Lunatic asylums Bombay report 1891-1903 - 1891-1903
Year: 1891
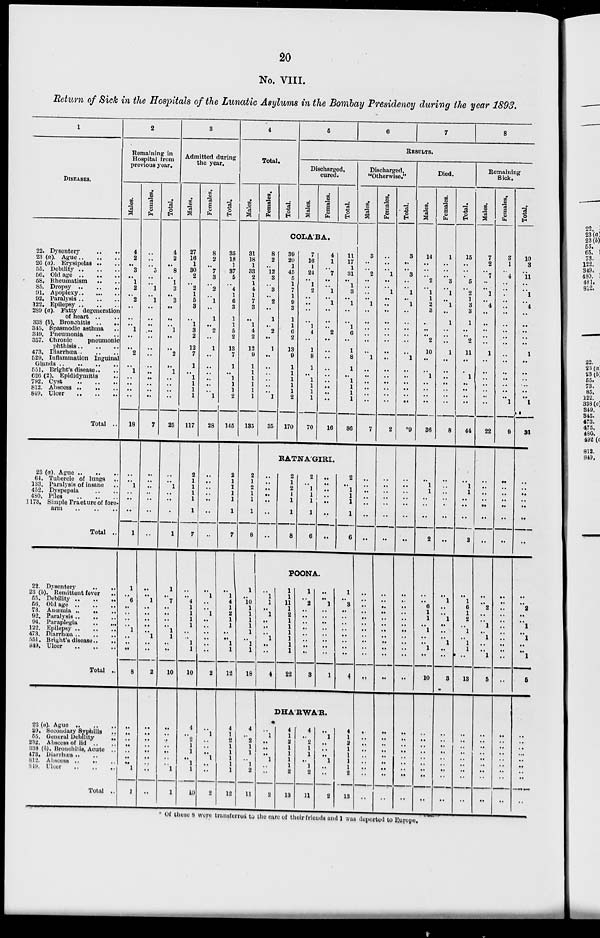
20
No. VIII.
Return of Sick in the Hospitals of the Lunatic Asylums in the Bombay Presidency during the year 1893.
1
DISEASES.
22. Dysentery
..
..
23 (a) Ague .. .. ..
26 (a). Erysipelas .. ..
55. Debility
..
..
..
56. Old age .. .. ..
58. Rheumatism .. ..
85. Dropsy
..
..
..
91. Apoplexy
..
..
..
92. Paralysis .. .. ..
122. Epilepsy .. .. ..
289 (a). Fatty degeneration
of heart .. ..
338. (b) Bronchitis .. ..
345. Spasmodic asthma ..
349. Pneumonia .. ..
357. Chronic
pneumonic
phthisis
..
..
..
473. Diarrhœa
..
..
..
529. Inflammation Inguinal
Glands .. .. .. .. ..
551. Bright's disease .. ..
626 (2). Epididymitis ..
792. Cyst .. .. ..
812. Abscess
..
..
..
849. Ulcer .. .. ..
Total ..
23 (a). Ague .. .. ..
64. Tubercle of lungs
..
133. Paralysis of insane ..
452. Dyspepsia .. .. ..
480. Piles .. .. ..
1173. Simple Fracture of fore-
arm .. .. ..
Total ..
22. Dysentery
..
..
23 (b). Remittent fever
55. Debility .. .. ..
56. old age .. .. ..
73. Anœmia ..
..
..
92. Paralysis .. .. ..
94. Paraplegia
..
..
..
122. Epilepsy .. .. ..
473.Diarrhœa .. .. ..
551. Bright disease .. .. ..
849. Ulser .. .. ..
Total ..
23(a) Ague .. .. ..
29. Secondary Syphilis ..
55. General Debility
..
232. Abscess of lid .. ..
338 (b). Bronchitis, Acute ..
473. Diarrhœa .. ..
812. Abscess
..
..
..
819. Ulcer .. .. ..
Total ..
2
Remaining in
Hospital from
previous year.
Males.
4
2
..
3
..
1
2
..
2
..
..
..
1
..
..
2
..
1
..
..
..
..
18
. .
. .
1
. .
. .
. .
1
1
..
6
. .
. .
. .
. . 1
. .
. .
. .
8
..
..
..
..
..
..
..
1
1
Females.
..
..
..
5
..
..
1
..
1
..
..
..
...
..
..
..
..
..
..
..
..
..
7
. .
. .
. .
. .
. .
. .
..
. .
. .
1
. .
. .
. .
. . . .
1
. .
. .
2
..
..
..
..
..
..
..
..
..
Total.
4
2
..
8
..
1
3
..
3
..
..
..
1
..
..
2
..
1
..
..
..
..
25
. .
. .
1
. .
. .
. .
1
1
. .
7
. .
. .
. .
. .
1
1
. .
. .
10
..
..
..
..
..
..
..
1
1
3
Admitted during
the year.
Males.
27
16
1
30
2
..
2
1
5
3
..
1
3
2
12
7
1
..
1
1
1
1
117
2
1
1
1
1
1
7
. .
. .
4
1
1
1
1
..
. .
1
1
10
4
..
2
1
1
..
1
1
10
Females.
8
2
..
7
3
..
2
..
1
..
1
. .
2
..
1
..
..
..
..
..
..
1
28
. .
. .
. .
. .
. .
. .
..
. .
1
. .
. .
1
. .
. .
. .
. .
. .
. .
2
..
1
. .
..
. .
1
..
..
2
Total.
35
18
1
37
5
..
4
1
6
3
1
1
5
2
13
7
1
..
1
1
1
2
145
2
1
1
1
1
1
7
. .
1
4
1
2
1
1
. .
..
1
1
12
4
1
2
1
1
1
1
1
12
4
Total.
Males.
31
18
1
33
2
1
4
1
7
3
..
1
4
2
12
9
1
1
1
1
1
1
135
2
1
2
1
1
1
8
1
. .
10
1
1
1
1
1
. .
1
1
18
4
..
2
1
1
..
1
2
11
Females.
Total.
5
6
7
8
RESULTS.
Discharged,
cured.
Males.
Females.
Total.
COLA'BA.
8
2
..
12
3
..
3
. .
2
. .
1
. .
2
. .
1
..
..
..
..
..
..
1
35
39
20
1
45
5
1
7
1
9
3
1
1
6
2
13
9
1
1
1
1
1
2
170
7
16
1
24
..
1
2
..
. .
..
..
1
4
. .
1
8
1
..
1
1
1
1
70
4
1
..
7
..
..
1
..
1
..
..
..
2
. .
..
. .
..
..
. .
. .
. .
. .
16
11
17
1
31
..
1
3
..
1
..
..
1
6
. .
1
8
1
. .
1
1
1
1
86
RATNA'GIRI.
. .
. .
. .
. .
. .
. .
. .
2
1
2
1
1
1
8
2
..
1
1
1
1
6
..
. .
..
..
. .
. .
. .
2
..
1
1
1
1
6
POONA.
. .
1
1
. .
1
. .
. .
. .
1
..
. .
4
1
. .
11
1
2
1
1
1
1
1
1
22
1
. .
2
. .
. .
. .
. .
. .
. .
. .
. .
3
. .
. .
1
..
..
..
..
..
..
..
..
1
1
..
3
..
..
..
..
..
..
..
..
4
DHA'RWA'R.
..
1
..
..
..
1
..
..
2
4
1
2
1
1
1
1
2
13
4
..
2
1
1
..
1
2
11
..
1
..
..
..
1
..
..
2
4
1
2
1
1
1
1
2
13
Discharged,
"Otherwise."
Males.
3
. .
..
2
..
..
..
..
1
..
..
..
..
..
..
1
..
..
..
..
..
..
7
. .
..
..
. .
. .
. .
. .
..
..
. .
..
..
..
..
..
..
..
..
. .
..
..
..
..
..
..
..
..
..
Females.
..
..
..
1
..
..
1
..
..
..
..
..
..
..
..
..
..
..
..
..
..
..
2
. .
. .
..
. .
. .
. .
..
..
..
..
..
..
..
..
..
..
..
..
..
..
..
..
..
..
..
..
. .
..
Total.
3
..
..
3
..
..
1
..
1
..
..
..
..
. .
..
1
..
..
..
..
..
..
*9
. .
..
..
. .
. .
. .
..
..
..
..
..
1
..
..
..
..
..
..
. .
..
..
..
..
..
..
..
..
..
Died.
Males.
14
..
..
..
2
..
1
1
2
3
..
..
..
2
10
. .
..
1
..
..
..
..
36
. .
1
1
. .
. .
. .
2
..
..
6
1
1
..
1
..
..
1
..
10
..
..
..
..
..
..
..
..
..
Females.
1
..
..
..
3
..
1
..
1
. .
1
..
..
. .
1
. .
..
. .
..
..
. .
..
8
. .
..
..
. .
. .
. .
. .
..
1
..
..
1
..
..
..
1
..
..
3
..
..
..
..
..
..
..
..
..
Total.
15
..
..
..
5
..
2
1
3
3
1
..
..
2
11
. .
..
1
..
..
..
..
44
. .
1
1
. .
. .
. .
2
..
1
6
1
2
..
1
..
1
1
..
13
..
..
..
..
..
..
..
..
..
Remaining
Sick.
Males.
7
2
..
7
..
..
1
..
4
..
..
..
..
. .
1
..
..
..
..
..
..
..
22
. .
. .
. .
. .
. .
. .
. .
..
..
2
..
..
1
..
1
..
..
1
5
..
..
..
..
..
..
..
..
..
Females.
3
1
..
4
..
..
..
. .
. .
. .
..
..
..
..
..
..
..
..
..
..
..
1
9
. .
. .
. .
. .
. .
. .
. .
..
..
..
..
..
..
..
..
..
..
..
..
..
..
..
..
..
..
..
..
..
Total.
10
3
..
11
..
..
1
..
4
..
..
..
..
..
1
..
..
..
..
..
..
1
,
31
. .
. .
. .
. .
. .
. .
. .
..
..
2
..
..
1
..
1
..
..
1
5
..
..
..
..
..
..
..
..
..
*Of these 8 were transferred to the care of their friends and 1 was deported to Europe.